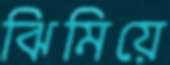
ঝিমিয়ে